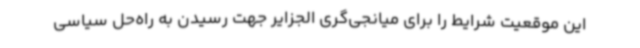
این موقعیت شرایط را برای میانجی‌گری الجزایر جهت رسیدن به راه‌حل سیاسی